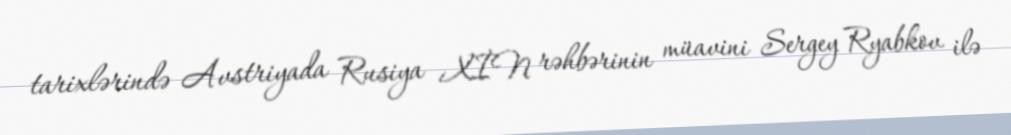
tarixlərində Avstriyada Rusiya XİN rəhbərinin müavini Sergey Ryabkov ilə